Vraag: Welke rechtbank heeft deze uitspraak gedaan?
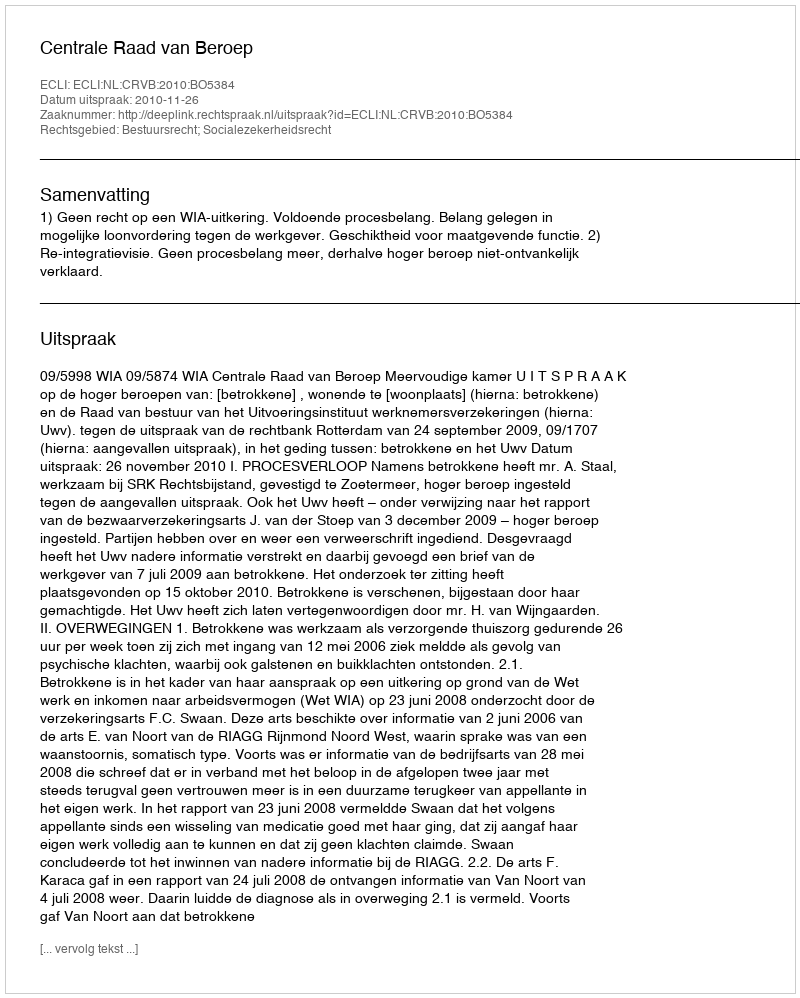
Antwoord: Centrale Raad van Beroep